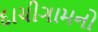
દાચીગામનો